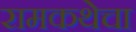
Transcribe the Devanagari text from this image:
रामकथेचा